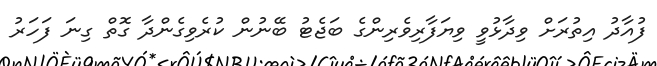
ފުއާދު އިތުރަށް ވިދާޅުވީ ވިޔަފާރިވެރިންގެ ބަޖެޓު ބޭނުން ކުރެވިގެންދާ ގޮތް ގިނަ ފަހަރު